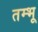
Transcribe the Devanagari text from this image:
तम्भू